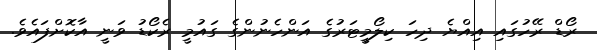
ރޯޑް ރޭހުގައި އިއްޔެ ދިހަ ކިލޯމީޓަރުގެ އަންހެނުންގެ ގައުމީ ރެކޯޑު ވަނީ އާކޮށްފައެވެ.